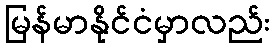
မြန်မာနိုင်ငံမှာလည်း